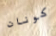
كونان